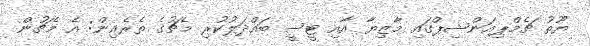
ޔޫތު ޗެމްޕިއަންޝިޕްގައި މާޒިޔާ އާއި ޓީސީ ބައްދަލުކުރި މެޗުގެ ތެރެއިން: އެ މެޗުން